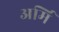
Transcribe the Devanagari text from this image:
अर्मि